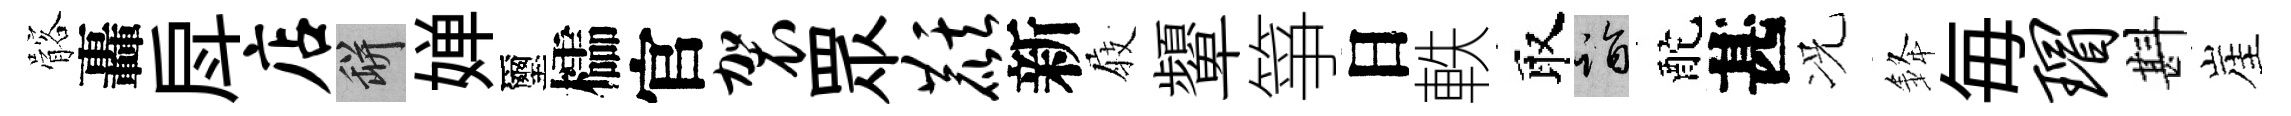
髂轟戽店瓶婵璽櫺官袈眾麒新𡲆顰箏日軼取诣酡甚况𨦟毎瑁斟崖